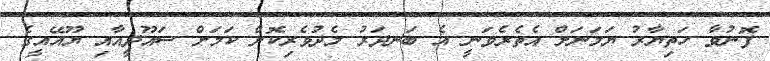
ފޮނުވާ ހަތިޔާރު ޔަމަނަށް އެތެރެވަނީ އެ ބަނދަރު މެދުވެރިކޮށް ކަމަށް ސައޫދީއާއި ޔޫއޭއީގެ